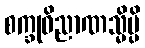
စက္ခုဝိညာဏသ္မိမ္ပိ